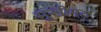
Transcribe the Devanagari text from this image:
मुखीमठ